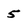
Character: 5